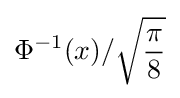
\Phi ^{-1}(x)/{\sqrt {\frac {\pi }{8}}}